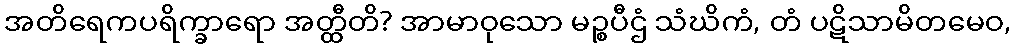
အတိရေကပရိက္ခာရော အတ္ထီတိ? အာမာဝုသော မဉ္စပီဌံ သံဃိကံ, တံ ပဋိသာမိတမေဝ,